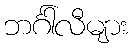
ဘင်္ဂါလီများ